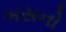
બસનો